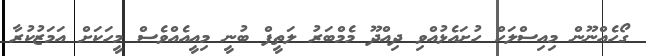
ގޯހެއްނޫން މިއިސްލަހް ހުށައެޅުއްވި ދިއްދޫ މެމްބަރު ލަތީފް ބުނީ މިއީއެއްވެސް މީހަކަށް އަމަޒުކުރާ